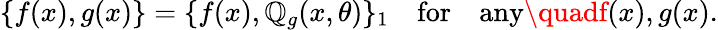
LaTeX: \{ f(x),g(x)\} =\{ f(x),\mathbb{Q}_{g}(x,\theta)\} _{1}\quad\mathrm{{for}}\quad\mathrm{{any}}\quadf(x),g(x).